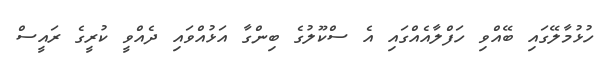
ހުޅުމާލޭގައި ބޭއްވި ހަފްލާއެއްގައި އެ ސްކޫލުގެ ބިންގާ އަޅުއްވައި ދެއްވީ ކުރީގެ ރައީސް